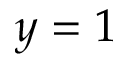
y = 1